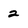
Character: 2